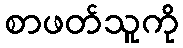
စာဖတ်သူကို